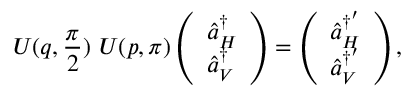
U ( q , \frac { \pi } { 2 } ) ~ U ( p , \pi ) \left( \begin{array} { l } { \hat { a } _ { H } ^ { \dag } } \\ { \hat { a } _ { V } ^ { \dag } } \end{array} \right) = \left( \begin{array} { l } { \hat { a } _ { H } ^ { \dag ^ { \prime } } } \\ { \hat { a } _ { V } ^ { \dag ^ { \prime } } } \end{array} \right) ,